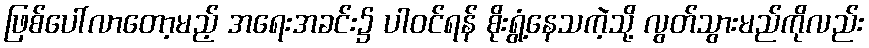
ဖြစ်ပေါ်လာတော့မည့် အရေးအခင်း၌ ပါဝင်ရန် စိုးရွံ့နေသကဲ့သို့ လွတ်သွားမည်ကိုလည်း